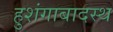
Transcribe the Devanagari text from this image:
हुशंगाबादस्थ